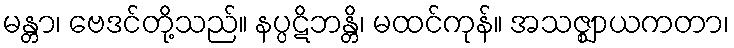
မန္တာ၊ ဗေဒင်တို့သည်။ နပ္ပဋိဘန္တိ၊ မထင်ကုန်။ အသဇ္ဈာယကတာ၊